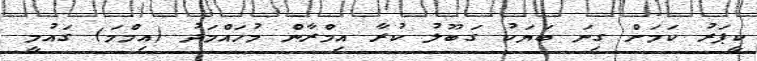
ކީޕަރު ކަމަށް ގިނަ ބަޔަކު ގަބޫލު ކުރާ އިމްރާން މުހައްމަދު (އިމްމަ) ގައުމީ